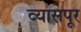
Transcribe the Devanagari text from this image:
व्यासपूर